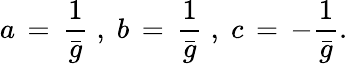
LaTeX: a\, =\, \frac{1}{\bar{g}}\; ,\; b\, =\, \frac{1}{\bar{g}}\; ,\; c\, =\, -\frac{1}{\bar{g}}.